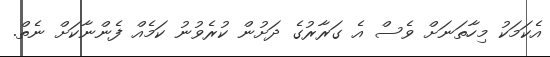
އެކަމަކު މިހާތަނަށް ވެސް އެ ގަރާރުގެ ދަށުން ކުރެވުނު ކަމެއް ފެންނާކަށް ނެތް.